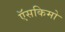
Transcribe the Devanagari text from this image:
ऍसकिमो